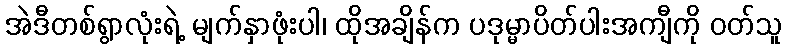
အဲဒီတစ်ရွာလုံးရဲ့ မျက်နှာဖုံးပါ၊ ထိုအချိန်က ပဒုမ္မာပိတ်ပါးအကျီကို ဝတ်သူ